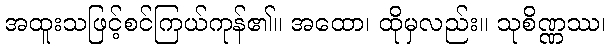
အထူးသဖြင့်စင်ကြယ်ကုန်၏။ အထော၊ ထိုမှလည်း။ သုစိဏ္ဏဿ၊